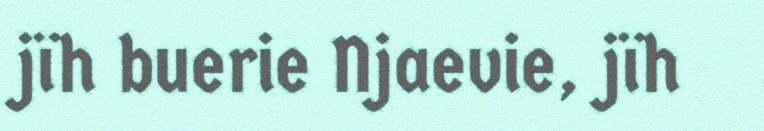
jïh buerie Njaevie, jïh